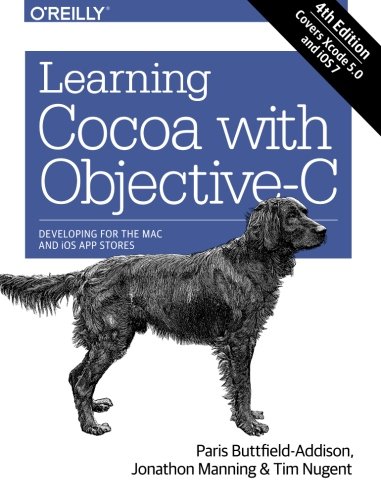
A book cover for Learning Cocoa with Objective-C: Developing for the Mac and iOS App Stores; Paris Buttfield-Addison; Computers & Technology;